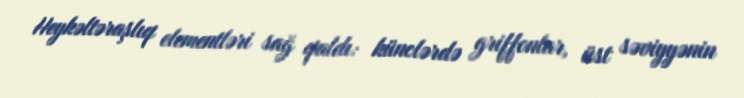
Heykəltəraşlıq elementləri sağ qaldı: künclərdə griffonlar, üst səviyyənin